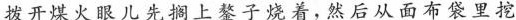
拨开煤火眼儿先搁上鏊子烧着，然后从面布袋里挖